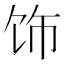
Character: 饰